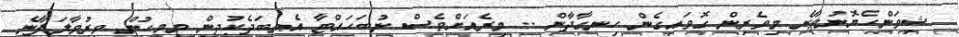
ޝިވަންހެޔޮނުވާނެ މިވެރިން ގޮވައިގެން ހިނގާދާން .. މިރެއަށްވެސް ނުބަހައްޓާ އެތިބަދެކުދިން މިމީހުން ވިރުވާލަފާނެ